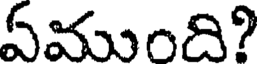
ఏముంది?